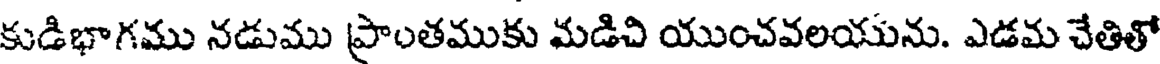
కుడిభాగము నడుము ప్రాంతముకు మడిచి యుంచవలయును. ఎడమ చేతితో